Annual report of the Civil Veterinary Department, Bengal, for the year 1897-98 - 1897-1898
Year: 1897
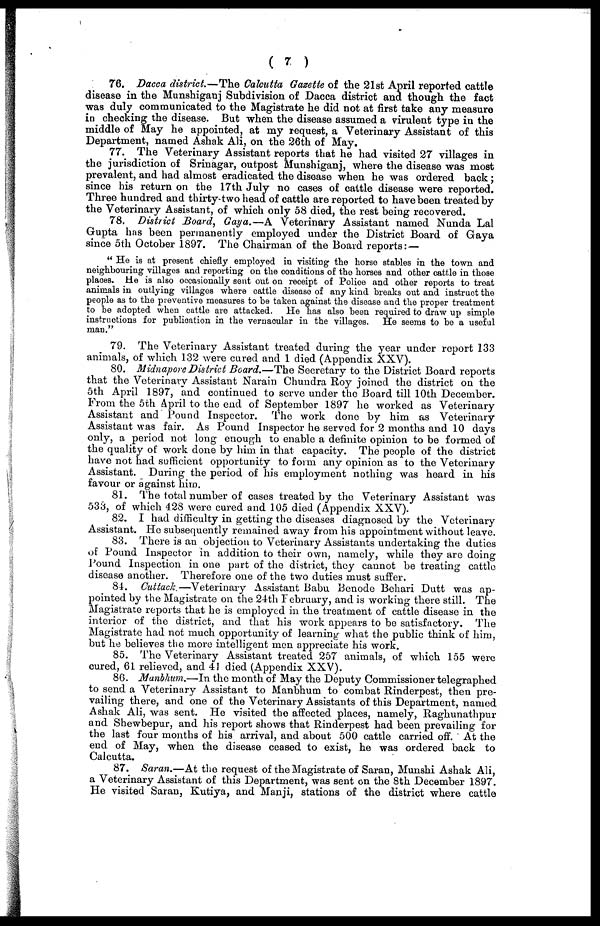
( 7 )
76. Dacca district.—The Calcutta Gazette of the 21st April reported cattle
disease in the Munshiganj Subdivision of Dacca district and though the fact
was duly communicated to the Magistrate he did not at first take any measure
in checking the disease. But when the disease assumed a virulent type in the
middle of May he appointed, at my request, a Veterinary Assistant of this
Department, named Ashak Ali, on the 26th of May.
77. The Veterinary Assistant reports that he had visited 27 villages in
the jurisdiction of Srinagar, outpost Munshiganj, where the disease was most
prevalent, and had almost eradicated the disease when he was ordered back ;
since his return on the 17th July no cases of cattle disease were reported.
Three hundred and thirty-two head of cattle are reported to have been treated by
the Veterinary Assistant, of which only 58 died, the rest being recovered.
78. District Board, Gaya.—A Veterinary Assistant named Nunda Lal
Gupta has been permanently employed under the District Board of Gaya
since 5th October 1897. The Chairman of the Board reports: —
" He is at present chiefly employed in visiting the horse stables in the town and
neighbouring villages and reporting on the conditions of the horses and other cattle in those
places. He is also occasionally sent out on receipt of Police and other reports to treat
animals in outlying villages where cattle disease of any kind breaks out and instruct the
people as to the preventive measures to be taken against the disease and the proper treatment
to be adopted when cattle are attacked. He has also been required to draw up simple
instructions for publication in the vernacular in the villages. He seems to ho a useful
man."
79. The Veterinary Assistant treated during the year under report 133
animals, of which 132 were cured and 1 died (Appendix XXV).
80. Midnapore District Board.—The Secretary to the District Board reports
that the Veterinary Assistant Narain Chundra Roy joined the district on the
5th April 1897, and continued to serve under the Board till 10th December.
From the 5th April to the end of September 1897 he worked as Veterinary
Assistant and Pound Inspector. The work done by him as Veterinary
Assistant was fair. As Found Inspector he served for 2 months and 10 days
only, a period not long enough to enable a definite opinion to be formed of
the quality of work done by him in that capacity. The people of the district
have not had sufficient opportunity to form any opinion as to the Veterinary
Assistant. During the period of his employment nothing was heard in his
favour or against him.
81. The total number of cases treated by the Veterinary Assistant was
533, of which 428 were cured and 105 died (Appendix XXV).
82. I had difficulty in getting the diseases diagnosed by the Veterinary
Assistant. He subsequently remained away from his appointment without leave.
83. There is an objection to Veterinary Assistants undertaking the duties
of Pound Inspector in addition to their own, namely, while they are doing
Pound Inspection in one part of the district, they cannot be treating cattle
disease another. Therefore one of the two duties must suffer,
81. Cuttack.—Veterinary
Assistant Babu Benode Behari Dutt was ap-
pointed by the Magistrate on the 24th February, and is working there still. The
Magistrate reports that he is employed in the treatment of cattle disease in the
interior of the district, and that his work appears to bo satisfactory. The
Magistrate had not much opportunity of learning what the public think of him,
but he believes the more intelligent men appreciate his work.
85. The Veterinary Assistant treated 257 animals, of which 155 were
cured, 61 relieved, and 41 died (Appendix XXV).
86. Manbhum.—In the month of May the Deputy Commissioner telegraphed
to send a Veterinary Assistant to Manbhum to combat Rinderpest, then pre-
vailing there, and one of the Veterinary Assistants of this Department, named
Ashak Ali, was sent. He visited the affected places, namely, Raghunathpur
and Shewbepur, and his report shows that Rinderpest had been prevailing for
the last four months of his arrival, and about 500 cattle carried off. At the
end of May, when the disease ceased to exist, he was ordered back to
Calcutta.
87. Saran.—At the request of the Magistrate of Saran, Munshi Ashak Ali,
a Veterinary Assistant of this Department, was sent on the 8th December 1897.
He visited Saran, Kutiya, and Manji, stations of the district where cattle